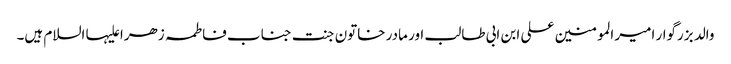
والد بزرگوار امیر المومنین علی ابن ابی طالب اور مادر خاتون جنت جناب فاطمہ زھرا علیہا السلام ہیں۔